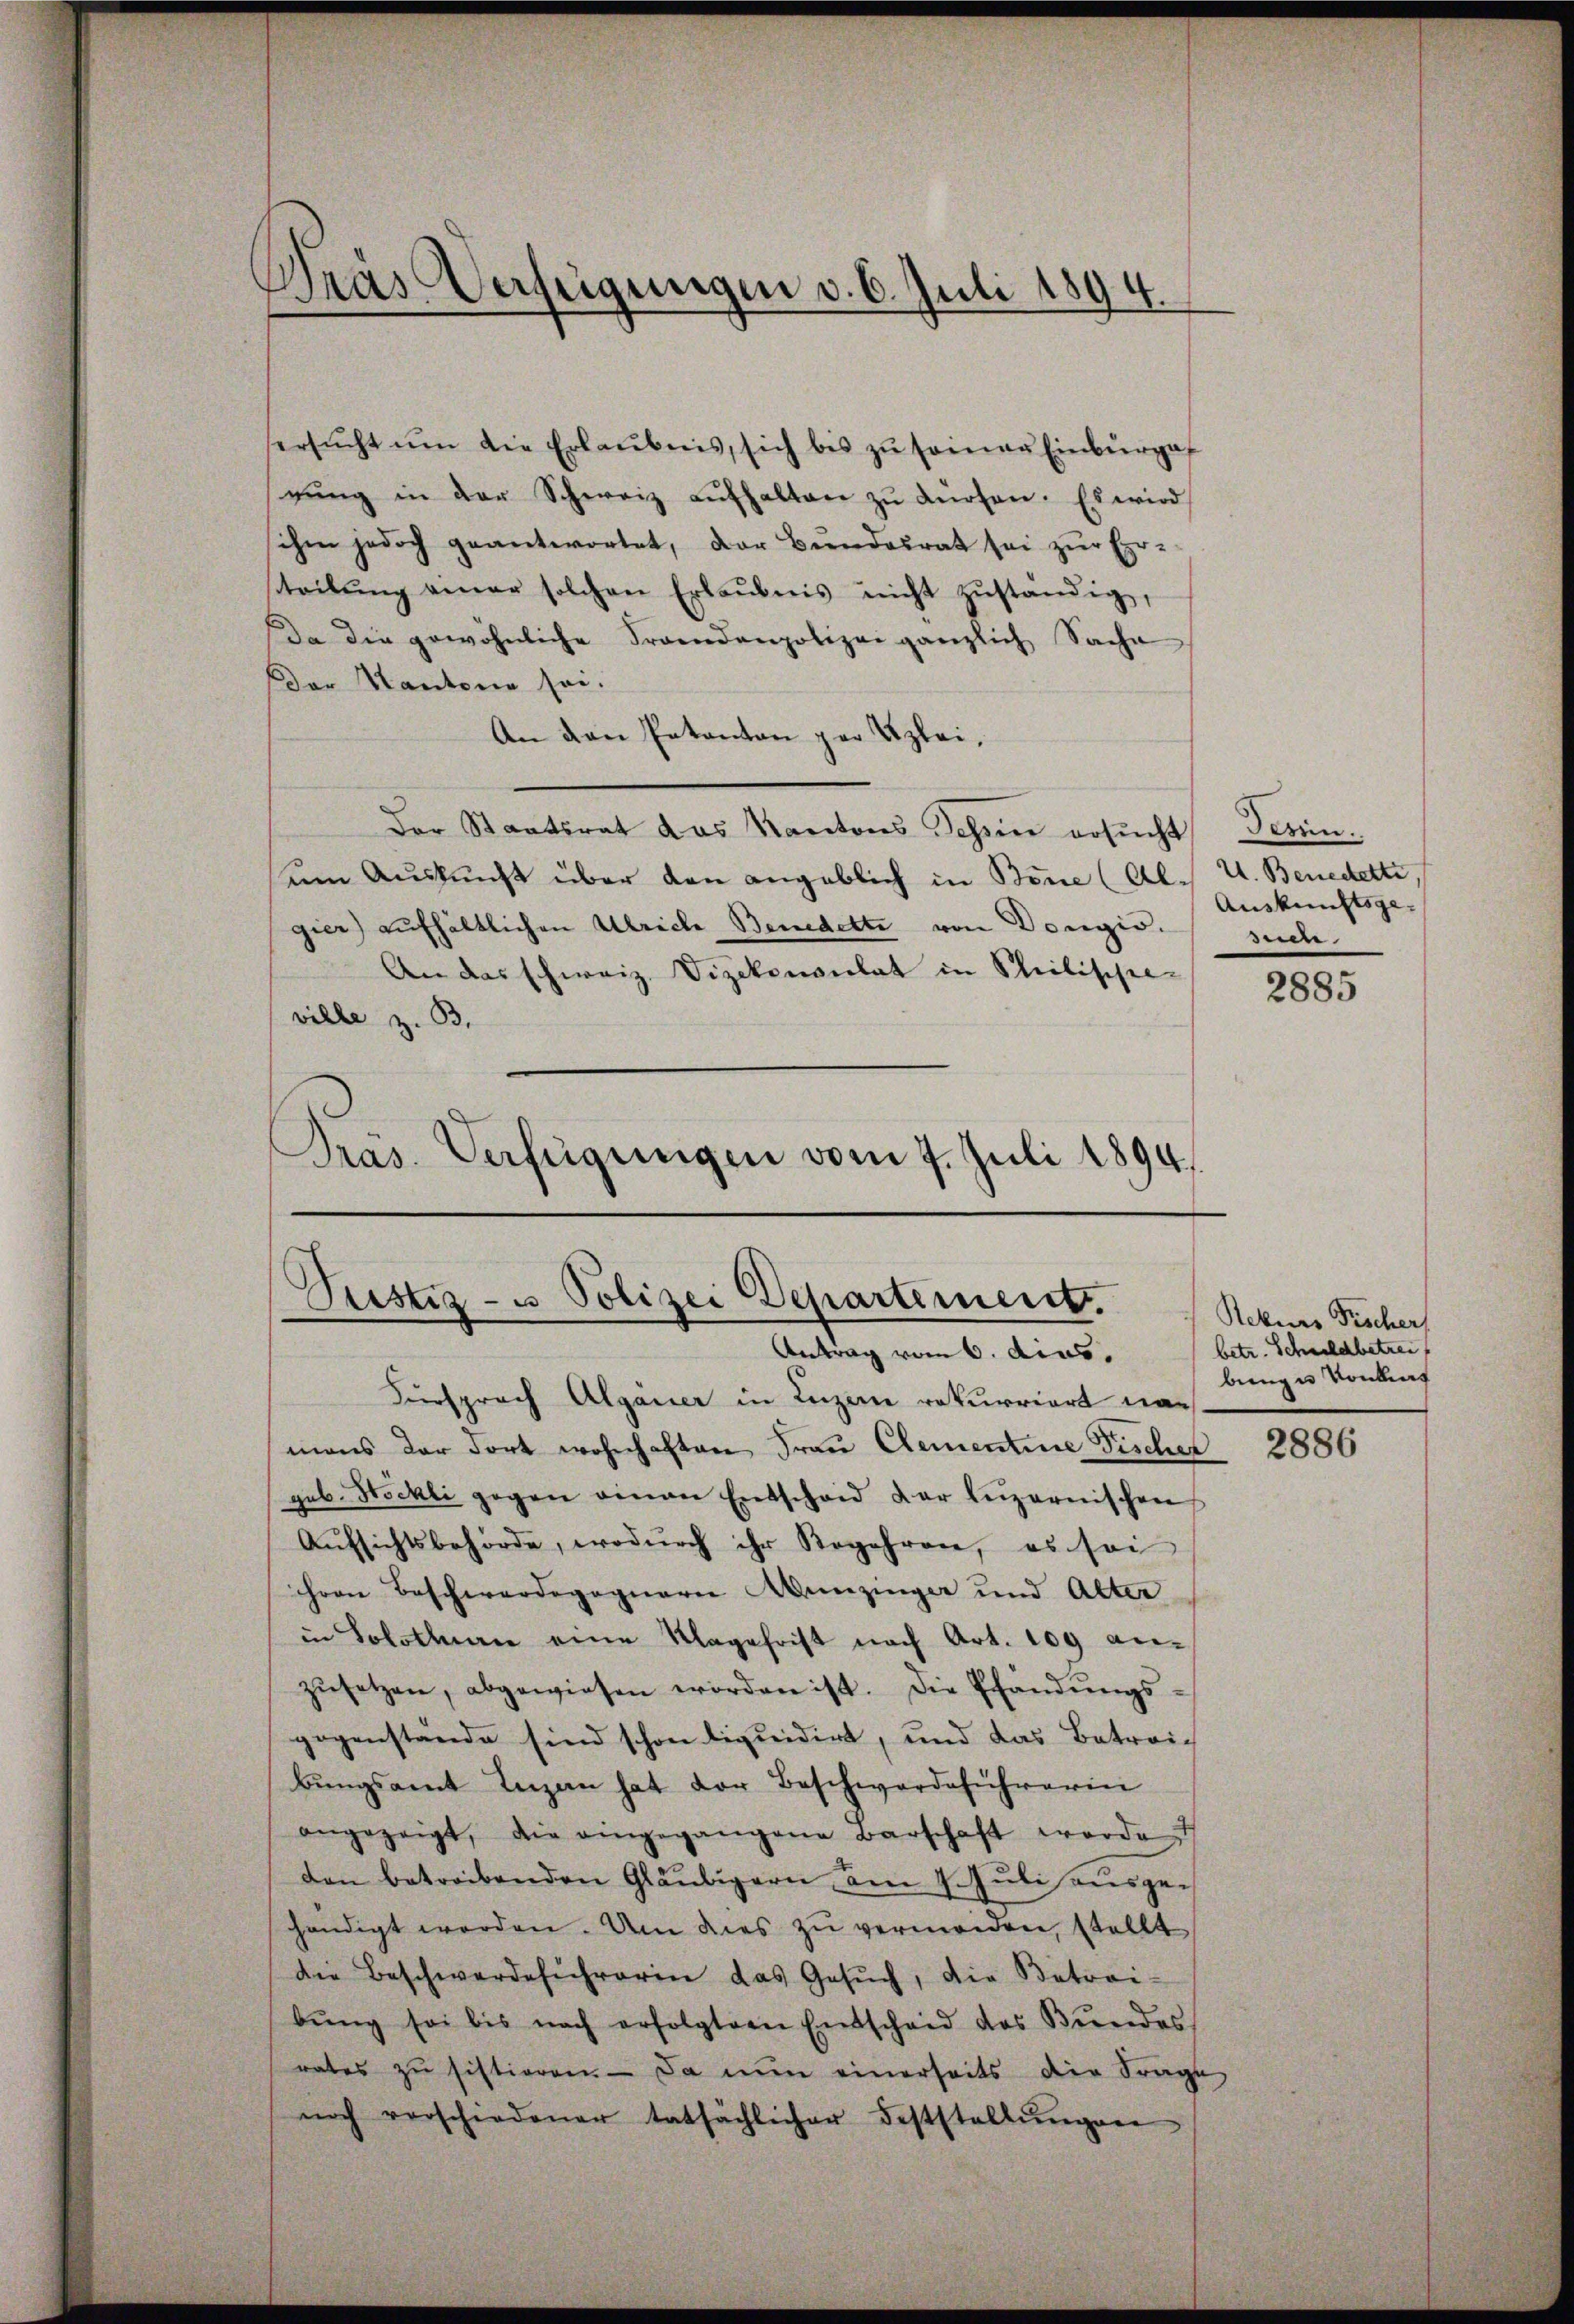
Das Verfeigungen d. 6. Juli 1894
.

ersŭcht ŭm die Erlaubnis, sich bis zŭ seiner Einburge
rŭng in der Schweiz aŭfhalten zŭ dürfen. Es wird
ihm jedoch geantwortet, der Bŭndesrat sei zŭr Er-
steilŭng einer solchen Erlaubnis nicht zŭständig,
da die gewöhnliche Frandanpolizei gänzlich Sache
Der Kantone sei.
An den Petenten par Klei¬
Der Staatsrat das Kantons Tessin ersŭcht
um Auskunft über den angeblich in Bone (Al. U. Berechetti,
gier) aufhältlichen Ulriche Benedelte von Dongio.
An das schweiz. Vizekonsulat in Philippe-
ville z. B.
e
Präs. Verfügungen vom 7. Juli 1894,

Justiz- u Polizei Departement
Antrag vom 6. Aus

Fürsprach Algauer in Luzern rekurriert nach
mans der dort wohnhaften Frau Clementine Fischer 2886
geb. Höckli gegen einen Entscheid der Lŭzernischen
Aŭfsichtsbehörde, wodŭrch ihr Begehren, es sei
hren Beschwerdepoqueren Abenzinger und Alter
in Solothurn eine Magsfrist nach Art. 109 anzŭsetzen, abgewiesen worden ist. Die Pfändŭngs-
gegenstande sind schon liquidirt, und das Betreibŭngsamt Luzan hat der Beschwerdeführerin
angezeigt, die eingegangene Barschaft worde
den betreibenden Gläubigern am 1. Juli ausgehändigt werden. Um dies zŭ vermeiden, stellt
die Beschwerdeicharin das Gesŭch, die Betrai-
bŭng sei bis nach erfolgter Entscheid des Bŭndes
rates zŭ sistieren. Da nun einerseits der Frage
noch verschiedener tatsächlicher Feststellŭngen

Seren.
Auskunftsge-
siren.
2885

Rekurs Fischer
betr. Schneldbetrei
bungen Vorbenf